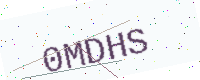
Text: 0MDHS